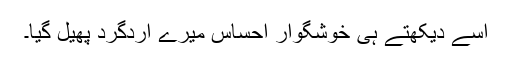
اسے دیکھتے ہی خوشگوار احساس میرے اردگرد پھیل گیا۔